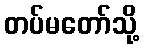
တပ်မတော်သို့